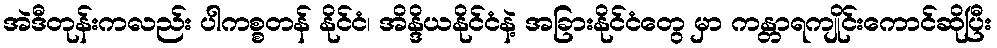
အဲဒီတုန်းကလည်း ပါကစ္စတန် နိုင်ငံ၊ အိန္ဒိယနိုင်ငံနဲ့ အခြားနိုင်ငံတွေ မှာ ကန္တာရကျိုင်းကောင်ဆိုပြီး